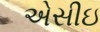
એસીઇ